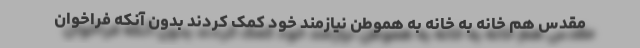
مقدس هم خانه به خانه به هموطن نیازمند خود کمک کردند بدون آنکه فراخوان